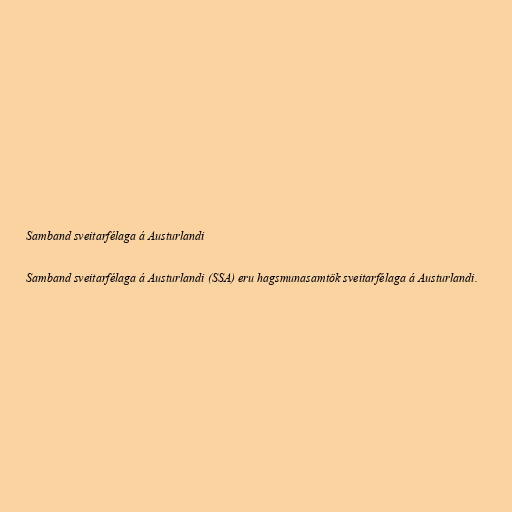
Samband sveitarfélaga á Austurlandi

Samband sveitarfélaga á Austurlandi (SSA) eru hagsmunasamtök sveitarfélaga á Austurlandi.